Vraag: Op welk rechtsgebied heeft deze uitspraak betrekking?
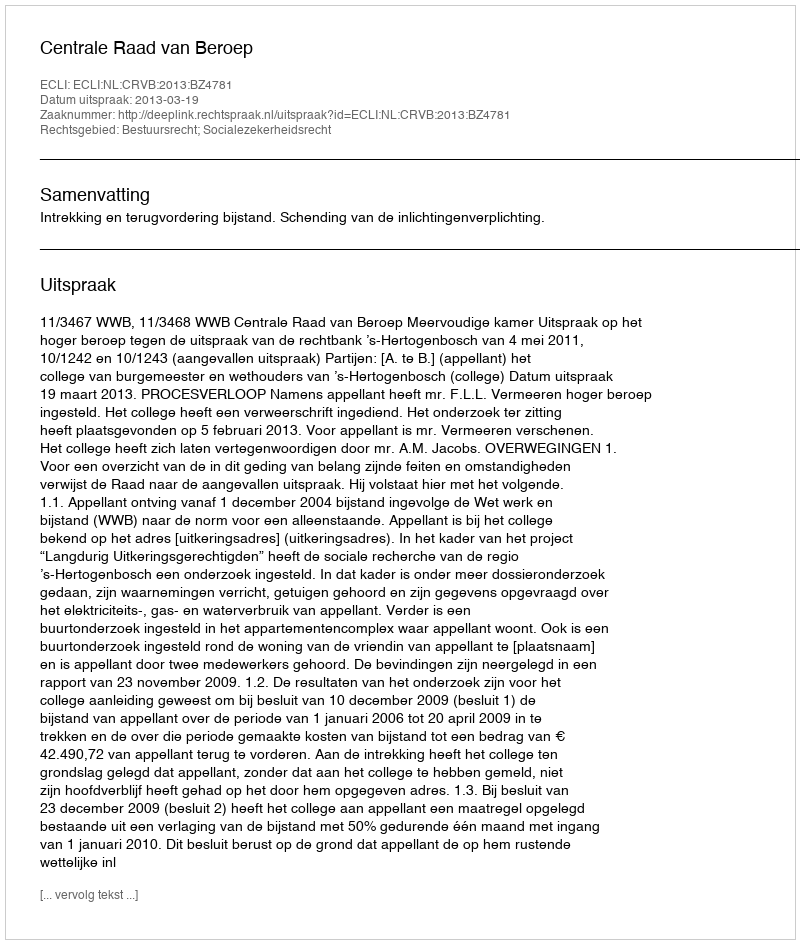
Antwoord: Bestuursrecht; Socialezekerheidsrecht